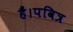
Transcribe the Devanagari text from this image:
हैं।पवित्र